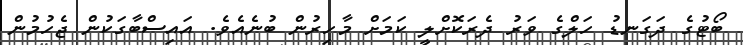
ބޯޓުގެ ދަގަނޑު ހަލްގެ ވަރު ދެރަކޮށްލީ ކަމަށް މާހިރުން ބުނެއެވެ. އައިސްބާގަކުން ޖެހުމުން